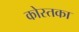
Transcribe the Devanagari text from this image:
कोस्तका